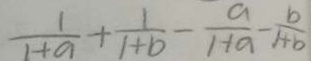
\frac { 1 } { 1 + a } + \frac { 1 } { 1 + b } - \frac { a } { 1 + a } - \frac { b } { x + b }